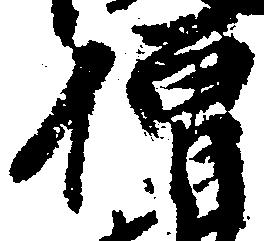
僧